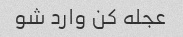
عجله کن وارد شو